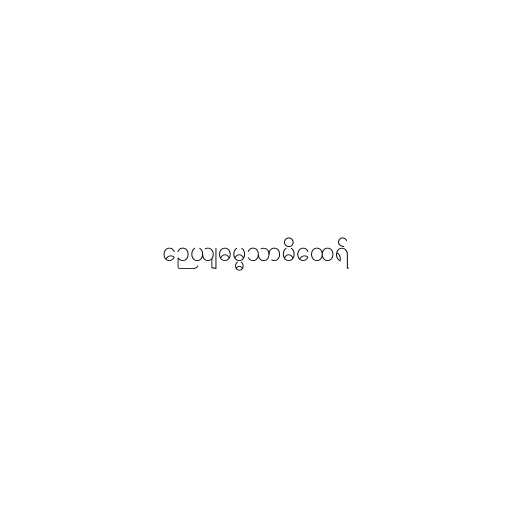
ဉေယျဓမ္မသာမိထေရ်